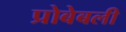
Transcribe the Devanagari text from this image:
प्रोबेबली